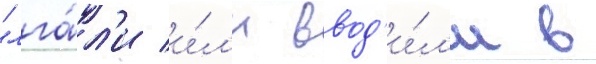
"лга́л'и и́л'и ввод'и́л'и в